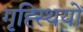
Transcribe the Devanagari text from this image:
गृह्स्थियों